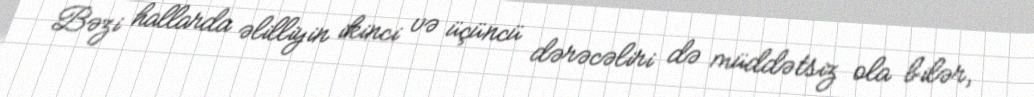
Bəzi hallarda əlilliyin ikinci və üçüncü dərəcəliri də müddətsiz ola bilər,